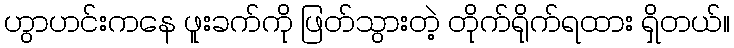
ဟွာဟင်းကနေ ဖူးခက်ကို ဖြတ်သွားတဲ့ တိုက်ရိုက်ရထား ရှိတယ်။